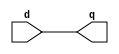
//
//------------------------------------------------------------------------------
//     Copyright (c) 2017 Huawei Technologies Co., Ltd. All Rights Reserved.
//
//     This program is free software; you can redistribute it and/or modify
//     it under the terms of the Huawei Software License (the "License").
//     A copy of the License is located in the "LICENSE" file accompanying 
//     this file.
//
//     This program is distributed in the hope that it will be useful,
//     but WITHOUT ANY WARRANTY; without even the implied warranty of
//     MERCHANTABILITY or FITNESS FOR A PARTICULAR PURPOSE. See the
//     Huawei Software License for more details. 
//------------------------------------------------------------------------------


`resetall
`timescale    1ns/100ps

module buft32 (q, d);


input  [31:0]   d;       
output [31:0]   q;       

assign q = d;
endmodule